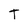
Character: T